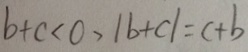
b + c < 0 , \vert b + a \vert = c + b